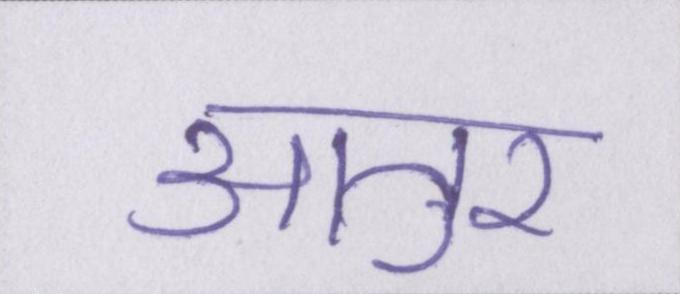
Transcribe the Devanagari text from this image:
आतुर